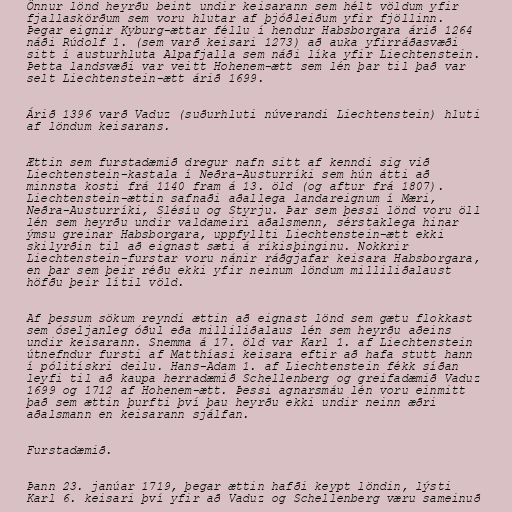
Önnur lönd heyrðu beint undir keisarann sem hélt völdum yfir
fjallaskörðum sem voru hlutar af þjóðleiðum yfir fjöllinn.
Þegar eignir Kyburg-ættar féllu í hendur Habsborgara árið 1264
náði Rúdolf 1. (sem varð keisari 1273) að auka yfirráðasvæði
sitt í austurhluta Alpafjalla sem náði líka yfir Liechtenstein.
Þetta landsvæði var veitt Hohenem-ætt sem lén þar til það var
selt Liechtenstein-ætt árið 1699.

Árið 1396 varð Vaduz (suðurhluti núverandi Liechtenstein) hluti
af löndum keisarans.

Ættin sem furstadæmið dregur nafn sitt af kenndi sig við
Liechtenstein-kastala í Neðra-Austurríki sem hún átti að
minnsta kosti frá 1140 fram á 13. öld (og aftur frá 1807).
Liechtenstein-ættin safnaði aðallega landareignum í Mæri,
Neðra-Austurríki, Slésíu og Styrju. Þar sem þessi lönd voru öll
lén sem heyrðu undir valdameiri aðalsmenn, sérstaklega hinar
ýmsu greinar Habsborgara, uppfyllti Liechtenstein-ætt ekki
skilyrðin til að eignast sæti á ríkisþinginu. Nokkrir
Liechtenstein-furstar voru nánir ráðgjafar keisara Habsborgara,
en þar sem þeir réðu ekki yfir neinum löndum milliliðalaust
höfðu þeir lítil völd.

Af þessum sökum reyndi ættin að eignast lönd sem gætu flokkast
sem óseljanleg óðul eða milliliðalaus lén sem heyrðu aðeins
undir keisarann. Snemma á 17. öld var Karl 1. af Liechtenstein
útnefndur fursti af Matthíasi keisara eftir að hafa stutt hann
í pólitískri deilu. Hans-Adam 1. af Liechtenstein fékk síðan
leyfi til að kaupa herradæmið Schellenberg og greifadæmið Vaduz
1699 og 1712 af Hohenem-ætt. Þessi agnarsmáu lén voru einmitt
það sem ættin þurfti því þau heyrðu ekki undir neinn æðri
aðalsmann en keisarann sjálfan.

Furstadæmið.

Þann 23. janúar 1719, þegar ættin hafði keypt löndin, lýsti
Karl 6. keisari því yfir að Vaduz og Schellenberg væru sameinuð